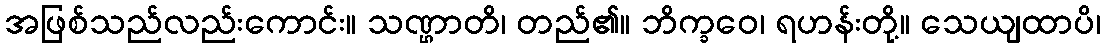
အဖြစ်သည်လည်းကောင်း။ သဏ္ဌာတိ၊ တည်၏။ ဘိက္ခဝေ၊ ရဟန်းတို့။ သေယျထာပိ၊